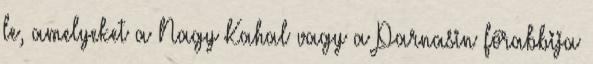
le, amelyeket a Nagy Kahal vagy a Parnasin főrabbija